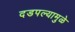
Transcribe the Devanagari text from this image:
दडपल्यामुळे